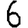
Digit: 6